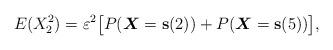
LaTeX: \begin{align*}E(X_2^2)=\varepsilon^2 \big[P(\boldsymbol{X}=\mathbf{s}(2))+P(\boldsymbol{X}=\mathbf{s}(5))\big],\end{align*}